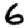
Digit: 6